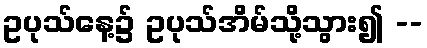
ဥပုသ်နေ့၌ ဥပုသ်အိမ်သို့သွား၍ --